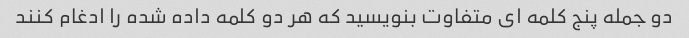
دو جمله پنج کلمه ای متفاوت بنویسید که هر دو کلمه داده شده را ادغام کنند